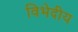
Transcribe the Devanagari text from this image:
विभेदीय